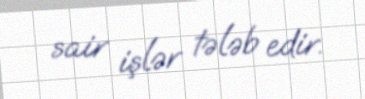
sair işlər tələb edir.